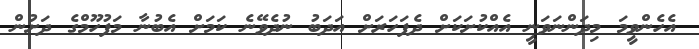
އެހެންވީމަ މިދަންނަވަނީ އެއްކުށަކަށް ދެފަހަރަށް އަދަބު ނުދެވޭނެ ކަމަށް އެބުނާ މަފުހޫމްގެ ދަށުން